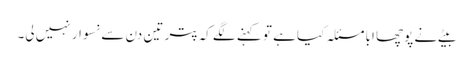
بیٹے نے پوچھا ابا مسئلہ کیا ہے تو کہنے لگے کہ پتر تین دن سے نسوار نہیں لی۔